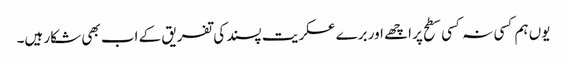
یوں ہم کسی نہ کسی سطح پر اچھے اور برے عسکریت پسند کی تفریق کے اب بھی شکار ہیں۔